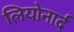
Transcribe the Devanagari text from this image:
लियोनार्द